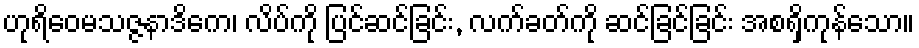
ဟုရိဝေမသဇ္ဇနာဒိကေ၊ လိပ်ကို ပြင်ဆင်ခြင်း, လက်ခတ်ကို ဆင်ခြင်ခြင်း အစရှိကုန်သော။